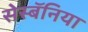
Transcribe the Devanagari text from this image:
सेस्बॅनिया